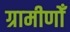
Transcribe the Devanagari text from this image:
ग्रामीणोँ